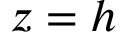
z = h